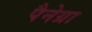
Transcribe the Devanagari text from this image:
पैनेग्रा